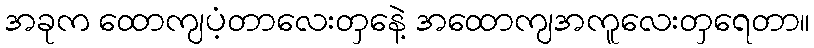
အခုက ထောကျပံ့တာလေးတှနေဲ့ အထောကျအကူလေးတှရေတာ။